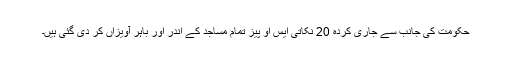
حکومت کی جانب سے جاری کردہ 20 نکاتی ایس او پیز تمام مساجد کے اندر اور باہر آویزاں کر دی گئی ہیں۔